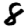
Digit: 8